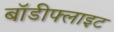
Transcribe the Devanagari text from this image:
बॉडीफ्लाइट